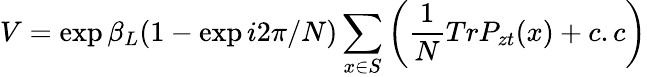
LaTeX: V=\exp{\beta_{L}(1-\exp{i2\pi/N})\sum_{x\in S}\left({\frac{1}{N}}TrP_{zt}(x)+c.c\right)}